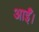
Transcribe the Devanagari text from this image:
आईँ।